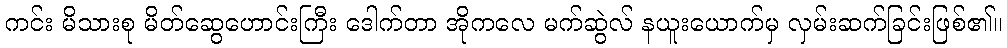
ကင်း မိသားစု မိတ်ဆွေဟောင်းကြီး ဒေါက်တာ အိုကလေ မက်ဆွဲလ် နယူးယောက်မှ လှမ်းဆက်ခြင်းဖြစ်၏။